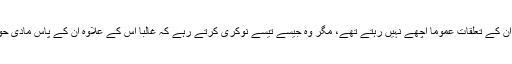
سول سروس پر غالب گروپ سے اُن کے تعلقات عموماً اچھے نہیں رہتے تھے، مگر وہ جیسے تیسے نوکری کرتے رہے کہ غالباً اس کے علاوہ اُن کے پاس مادی حوالے سے کوئی دوسرا آپشن نہ تھا۔